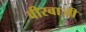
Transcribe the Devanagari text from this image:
वीरबाजी